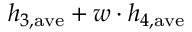
h _ { 3 , \mathrm { a v e } } + w \cdot h _ { 4 , \mathrm { a v e } }